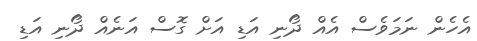
އެހެން ނަމަވެސް އެއް ދޯނި އަޑި އަށް ގޮސް އަނެއް ދޯނި އަޑި